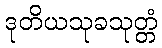
ဒုတိယသုခသုတ္တံ